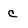
Character: c